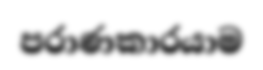
පරාණකාරයාම